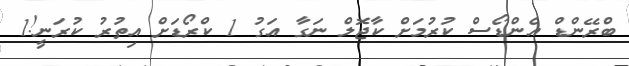
ބްރޭންޑް އެންޑޯސް ކުރުމަށް ކާޖޮލް ނަގާ އަގު 1 ކްރޯޑަށް އިތުރު ކުރަނީ!1